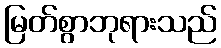
မြတ်စွာဘုရားသည်